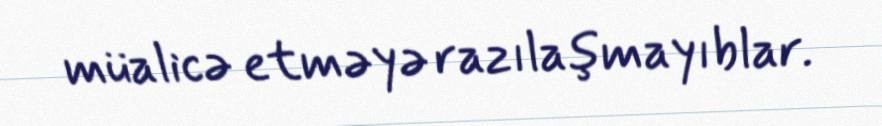
müalicə etməyə razılaşmayıblar.